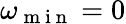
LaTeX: \omega_{\mathrm{~m~i~n~}}=0